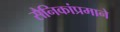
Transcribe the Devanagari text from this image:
सैनिकांप्रमाने